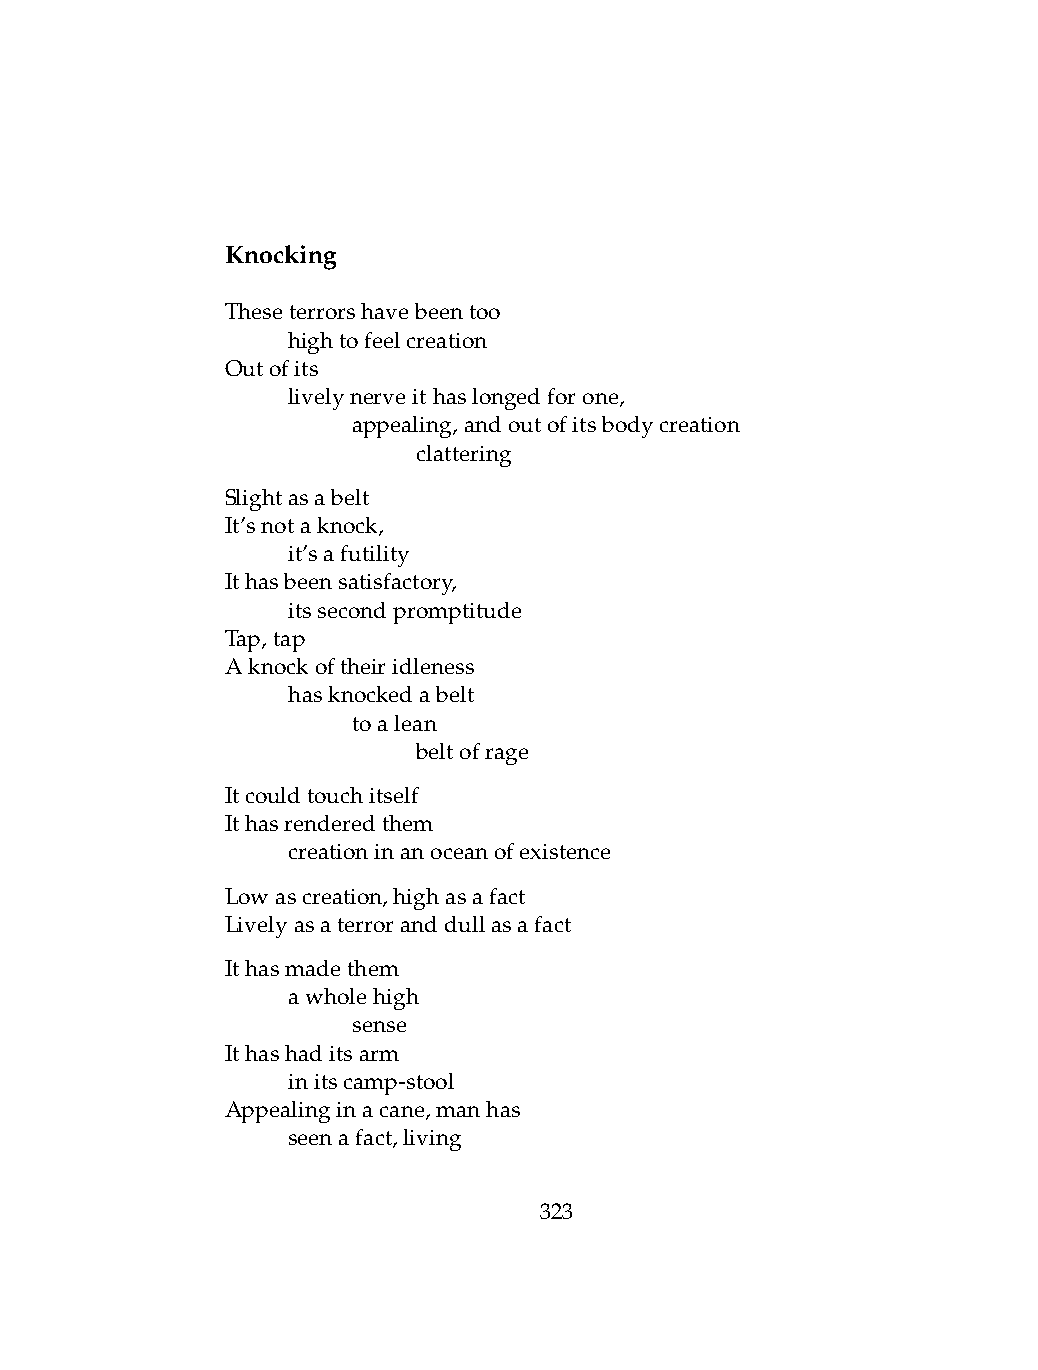
Knocking
 Theseterrorshavebeentoo
 .   hightofeelcreation
 Outofits
 .   livelynerveithaslongedforone,
 .   .   appealing,andoutofitsbodycreation
 .   .   .    clattering
 Slightasabelt
 It’snotaknock,
 .   it’safutility
 Ithasbeensatisfactory,
 .   itssecondpromptitude
 Tap,tap
 Aknockoftheiridleness
 .   hasknockedabelt
 .   .   toalean
 .   .   .    beltofrage
 Itcouldtouchitself
 Ithasrenderedthem
 .   creationinanoceanofexistence
 Lowascreation,highasafact
 Livelyasaterroranddullasafact
 Ithasmadethem
 .   awholehigh
 .   .   sense
 Ithashaditsarm
 .   initscamp-stool
 Appealinginacane,manhas
 .   seenafact,living
 323